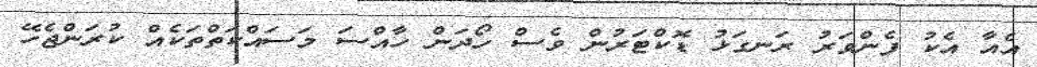
އެއާ އެކު ފެންވަރު ރަނގަޅު ޑޮކްޓަރުން ވެސް ހޯދަން ހާއްސަ މަސައްކަތްތަކެއް ކުރަންޖެހޭ